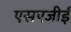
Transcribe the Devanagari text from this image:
एसएजीई